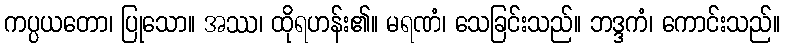
ကပ္ပယတော၊ ပြုသော။ အဿ၊ ထိုရဟန်း၏။ မရဏံ၊ သေခြင်းသည်။ ဘဒ္ဒကံ၊ ကောင်းသည်။